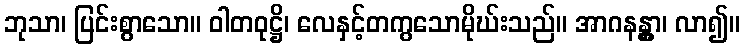
ဘုသာ၊ ပြင်းစွာသော။ ဝါတဝုဋ္ဌိ၊ လေနှင့်တကွသောမိုဃ်းသည်။ အာဂနန္တွာ၊ လာ၍။